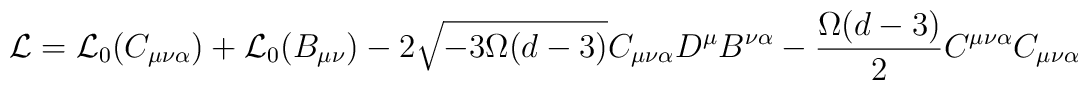
{\cal L} = {\cal L}_0 (C_{\mu\nu\alpha}) + {\cal L}_0 (B_{\mu\nu}) - 2\sqrt{- 3 \Omega (d-3)} C_{\mu\nu\alpha} D^\mu B^{\nu\alpha} -\frac{\Omega (d-3)}{2} C^{\mu\nu\alpha} C_{\mu\nu\alpha}